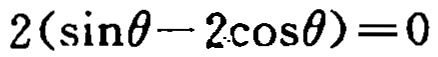
$2(\sin\theta - 2\cos\theta)=0$